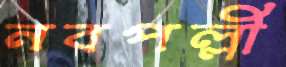
নবপল্লী